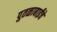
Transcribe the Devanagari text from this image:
पुतळाबाईंचे